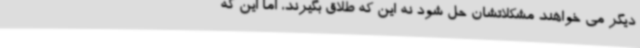
دیگر می خواهند مشکلاتشان حل شود نه این که طلاق بگیرند، اما این که